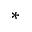
*